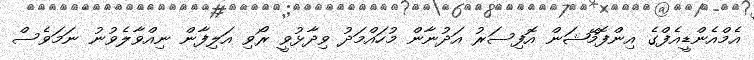
އެމްއެންޑީއެފްގެ އިންފޮމޭޝަން އޮފިސަރު އަދުނާން މުހައްމަދު ވިދާޅުވީ ރޯވި އަލިފާން ނިއްވާލެވުނު ނަމަވެސް